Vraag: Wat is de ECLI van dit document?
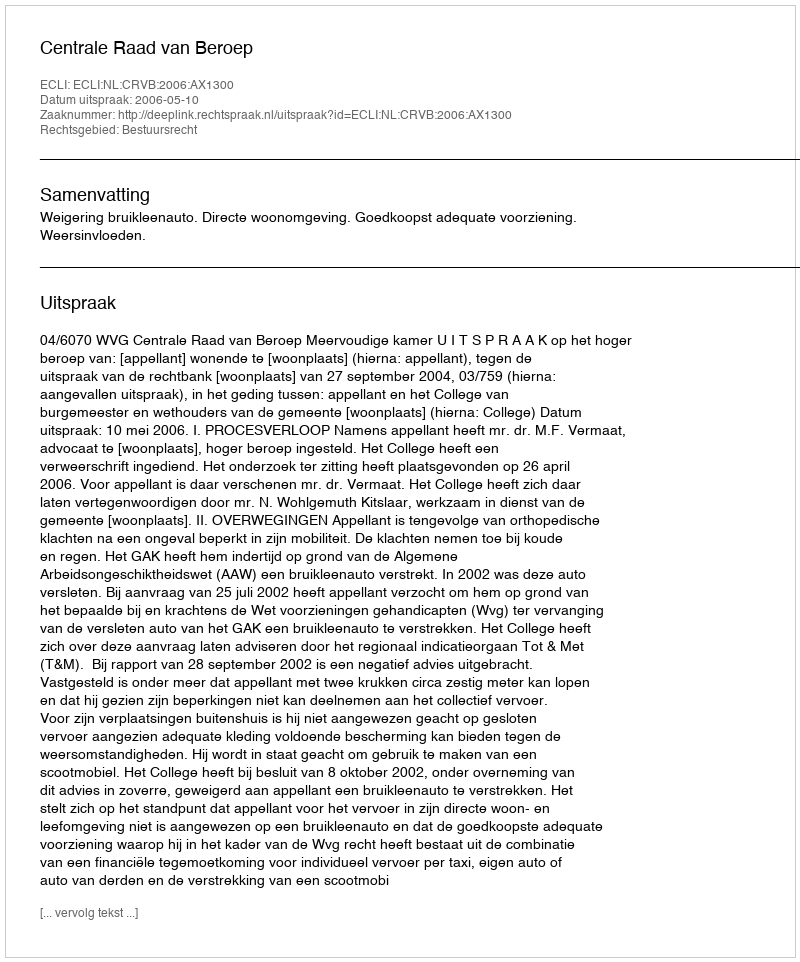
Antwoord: ECLI:NL:CRVB:2006:AX1300